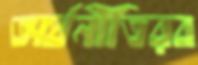
অর্থনীতিরব